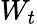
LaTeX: W_{t}